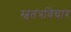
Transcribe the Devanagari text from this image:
स्वतंत्रविचार